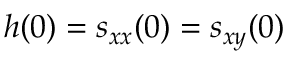
h ( 0 ) = s _ { x x } ( 0 ) = s _ { x y } ( 0 )